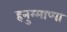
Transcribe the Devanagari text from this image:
हनुम्माप्पा